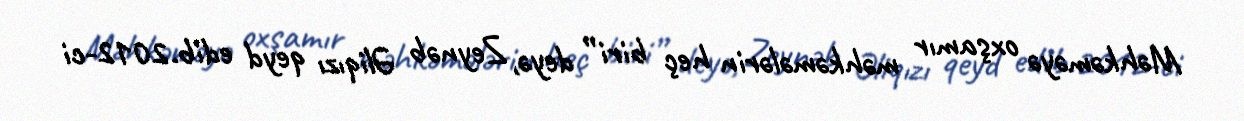
Məhkəməyə oxşamır məhkəmələrin heç biri” deyə, Zeynəb Əliqızı qeyd edib.2012-ci